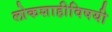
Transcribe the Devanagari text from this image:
लोकशाहीविषयी